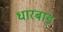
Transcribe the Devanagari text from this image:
धारबाड़